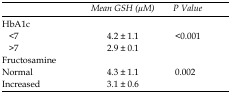
<table><thead><tr><td></td><td><b><i>Mean GSH (M)</i></b></td><td><b><i>P Value</i></b></td></tr><tr><td><b>HbA1c</b></td><td></td><td></td></tr></thead><tbody><tr><td>&lt;7</td><td>4.2 ± 1.1</td><td>&lt;0.001</td></tr><tr><td>&gt;7</td><td>2.9 ± 0.1</td><td></td></tr><tr><td>Fructosamine</td><td></td><td></td></tr><tr><td>Normal</td><td>4.3 ± 1.1</td><td>0.002</td></tr><tr><td>Increased</td><td>3.1 ± 0.6</td><td></td></tr></tbody></table>